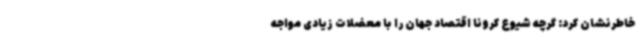
خاطرنشان کرد: گرچه شیوع کرونا اقتصاد جهان را با معضلات زیادی مواجه